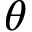
\theta